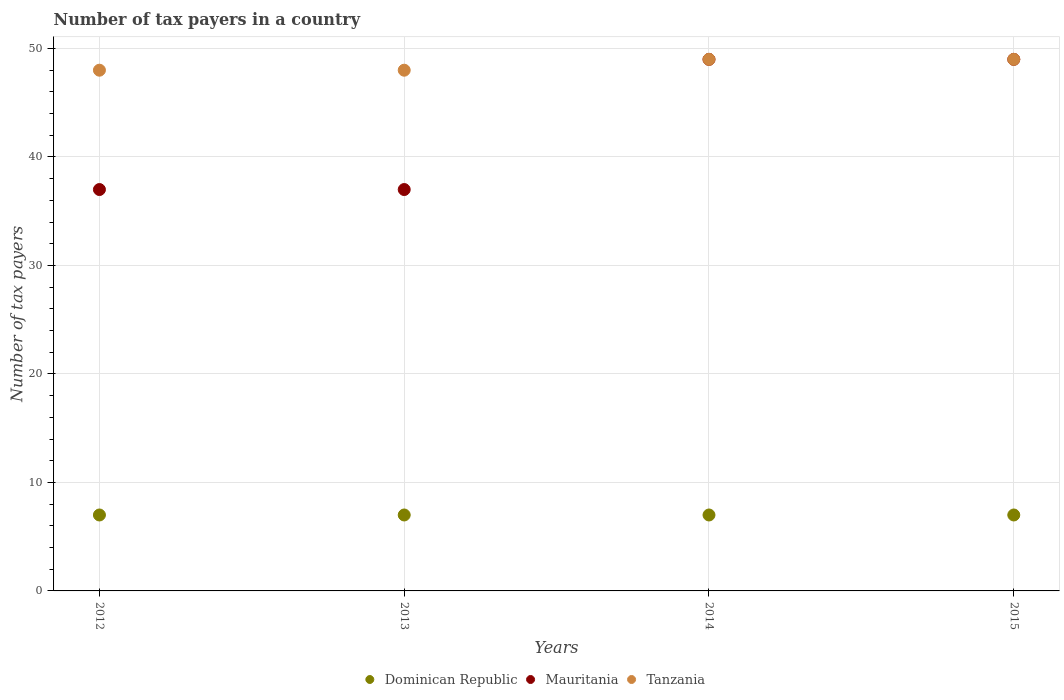
| Years | Dominican Republic | Mauritania | Tanzania |
 | --- | --- | --- | --- |
 | 2012 | 7 | 37 | 48 |
 | 2013 | 7 | 37 | 48 |
 | 2014 | 7 | 49 | 49 |
 | 2015 | 7 | 49 | 49 |